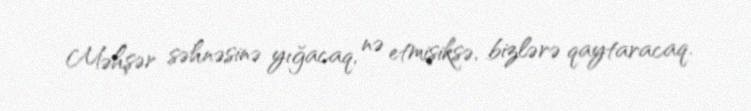
Məhşər səhnəsinə yığacaq, nə etmişiksə, bizlərə qaytaracaq.